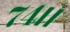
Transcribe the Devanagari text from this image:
७४।।